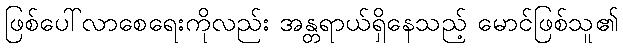
ဖြစ်ပေါ်လာစေရေးကိုလည်း အန္တရာယ်ရှိနေသည့် မောင်ဖြစ်သူ၏